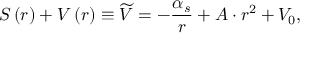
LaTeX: S \left( r \right) + V \left( r \right) \equiv \widetilde { V } = - \frac { \alpha _ { s } } { r } + A \cdot r ^ { 2 } + V _ { 0 } ,